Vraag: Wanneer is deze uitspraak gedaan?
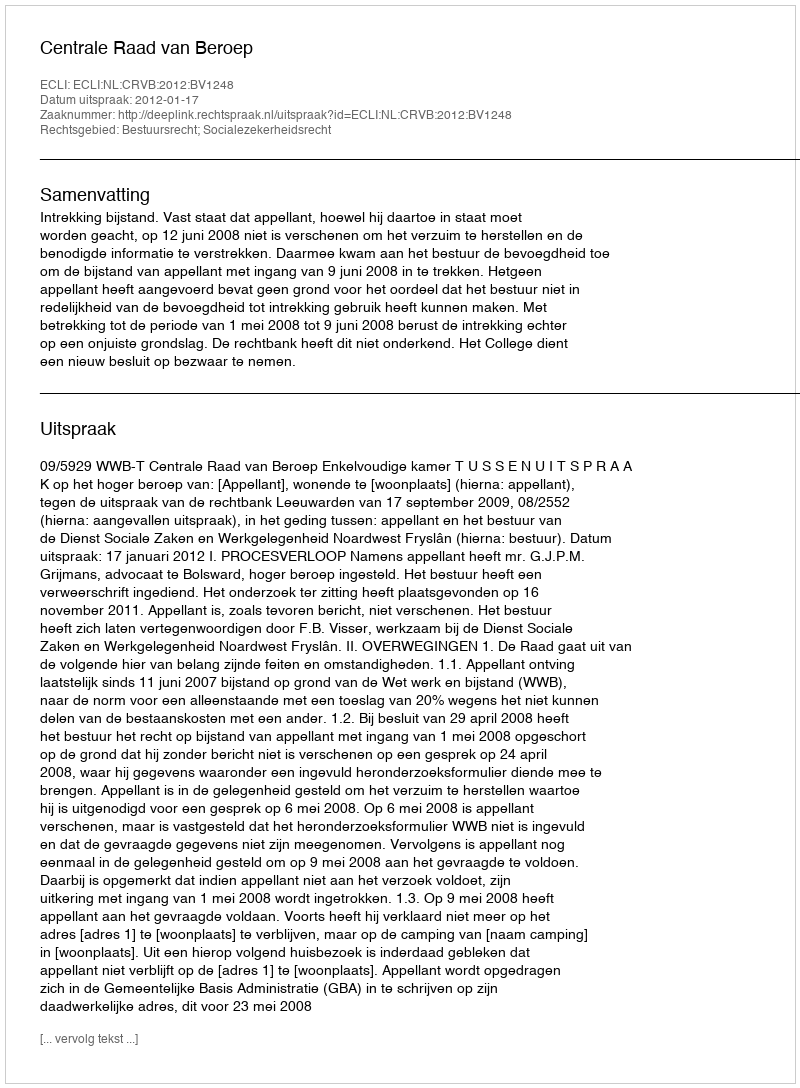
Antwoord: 2012-01-17